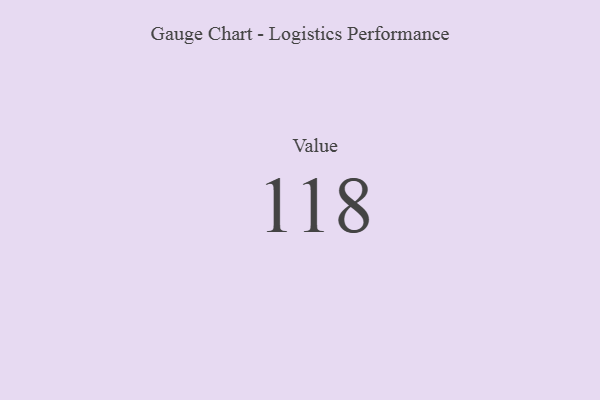
{"axis": {"x": "Metric", "y": "Value"}, "legend": [""], "data": [{"x": "Value", "y": 118, "type": ""}]}